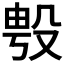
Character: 𭮯